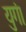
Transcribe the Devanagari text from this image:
युगं।